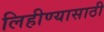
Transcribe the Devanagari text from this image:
लिहीण्यासाठी